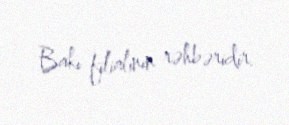
Bakı filialının rəhbəridir.